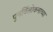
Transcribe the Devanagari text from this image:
पुनर्विलोकनाच्या